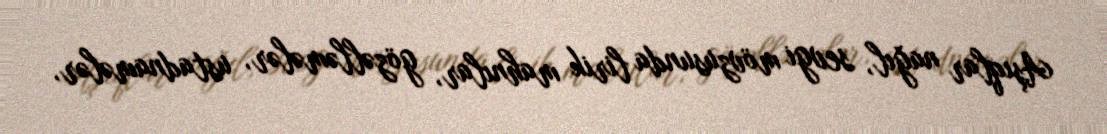
Aşıqlar nağıl, sevgi mövzusunda lirik mahnılar, gözəlləmələr, ustadnamələr,